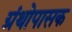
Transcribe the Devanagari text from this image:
ग्रंथोपासक